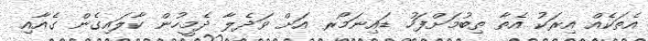
އެތަކެއް އިރަކު އެތާ ތިބުމަށްފަހު ޑައިނަމޯރ އަށް ވަދެލާ ދެމީހުން ކާލައިގެން ގެއާއި